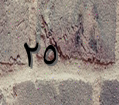
٢٥